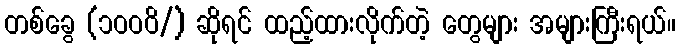
တစ်ခွေ (၁ဝဝဝိ/) ဆိုရင် ထည့်ထားလိုက်တဲ့ တွေများ အများကြီးရယ်။